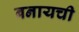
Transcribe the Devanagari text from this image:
बनायची